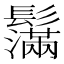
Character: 𩯮